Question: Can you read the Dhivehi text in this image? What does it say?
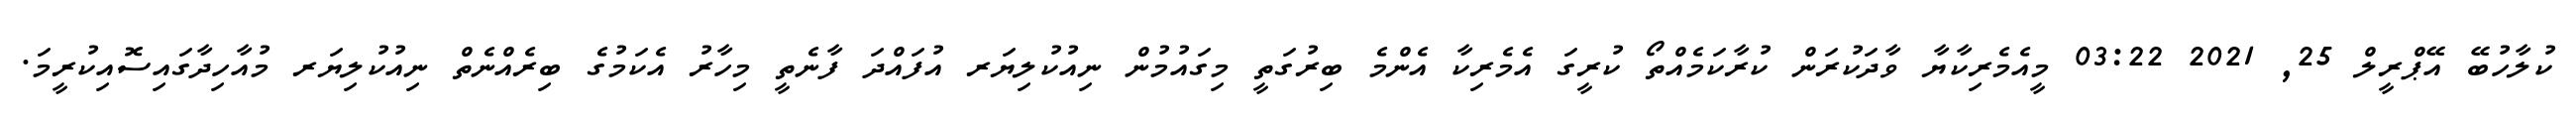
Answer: ކުލާހުބޭ އޭޕްރީލް 25, 2021 03:22 މީއެމެރިކާޔާ ވާދަކުރަން ކުރާކަމެއްތޯ ކުރީގަ އެމެރިކާ އެންމެ ބިރުގަތީ މިގައުމުން ނިއުކުލިޔަރ އުފައްދަ ފާނެތީ މިހާރު އެކަމުގެ ބިރެއްނެތް ނިއުކުލިޔަރ މުއާހިދާގައިސޮއިކުރީމަ.